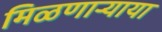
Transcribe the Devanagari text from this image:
मिळणार्‍याया